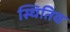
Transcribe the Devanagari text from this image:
स्थितिय